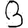
Digit: 3